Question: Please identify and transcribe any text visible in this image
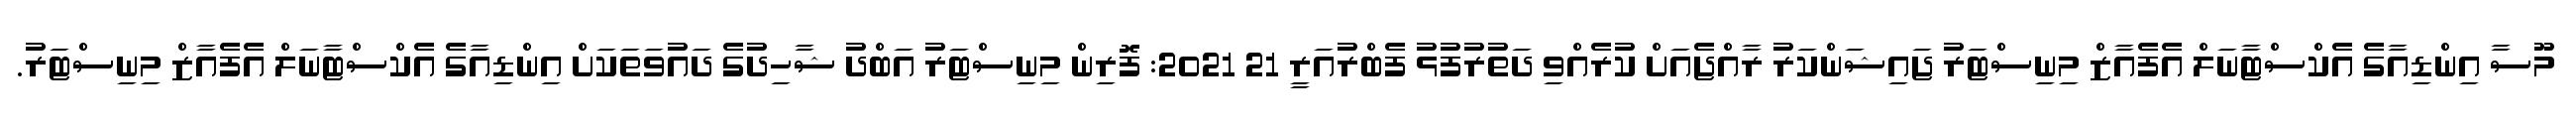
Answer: މޫސާ އިންޑިއާގެ އެކްސްޓާނަލް އެފެއާޒް މިނިސްޓަރު ޖައިޝަންކަރު ރާއްޖެއަށް ކުރެއްވި ދަތުރުފުޅު ފެބްރުއަރީ 21 2021: ފޮރިން މިނިސްޓަރު އަބްދު ޝާހިދުގެ ދައުވަތަކަށް އިންޑިއާގެ އެކްސްޓާނަލް އެފެއާޒް މިނިސްޓަރު.